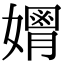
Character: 𡣃